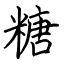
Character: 糖